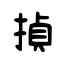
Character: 揁